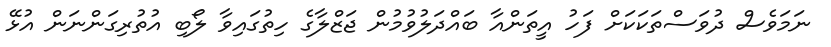
ނަމަވެސް ދުވަސްތަކަކަށް ފަހު އީތަންއާ ބައްދަލުވުމުން ޖަޒްލާގެ ހިތުގައިވާ ލޯބި އުތުރިގަންނަން އުޅޭ